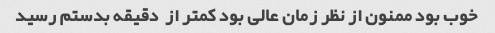
خوب بود ممنون از نظر زمان عالی بود کمتر از  دقیقه بدستم رسید